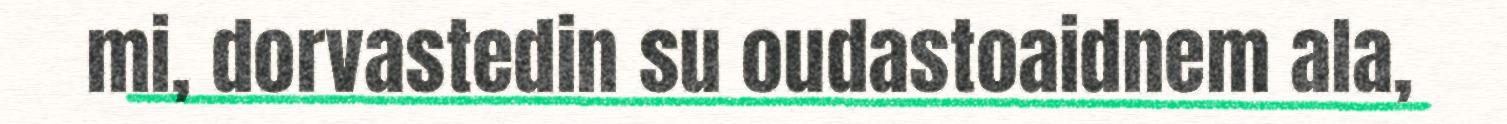
mi, dorvastedin su oudastoaidnem ala,